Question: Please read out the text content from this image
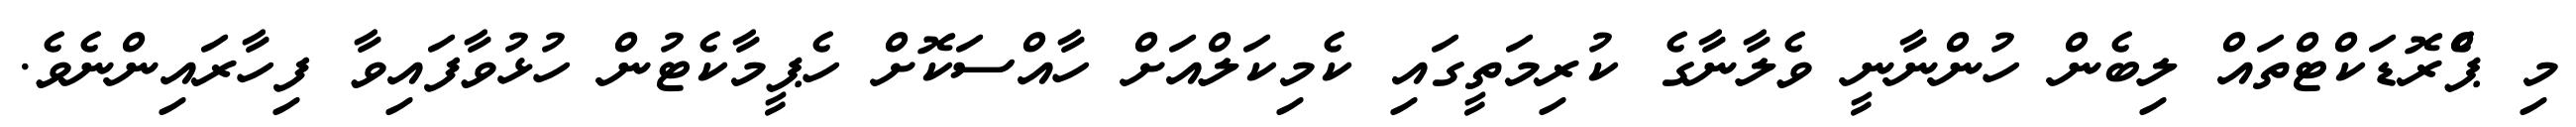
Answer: މި ޕްެރޮޑަކްޓްތައް ލިބެން ހުންނާނީ ވެލާނާގެ ކުރިމަތީގައި ކެމިކަލްއަށް ހާއްސަކޮށް ހެޕީމާކެޓުން ހުޅުވާފައިވާ ފިހާރައިންނެވެ.